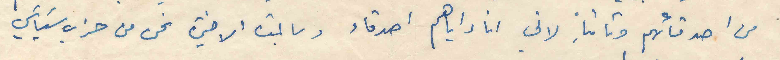
من اصدقائهم وثانيا لاني انا واياهم اصدقاء وبالمدة الاخيرة نحن من حزب سياسي